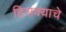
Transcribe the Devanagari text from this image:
हिसक्याचे